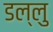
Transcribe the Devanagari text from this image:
डल्लु